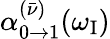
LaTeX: \alpha_{0\to 1}^{(\bar{\nu})}(\omega_{\mathrm{I}})